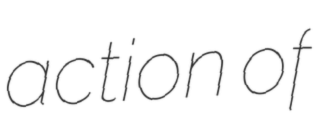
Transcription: action of